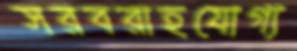
সরবরাহযোগ্য